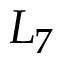
L _ { 7 }